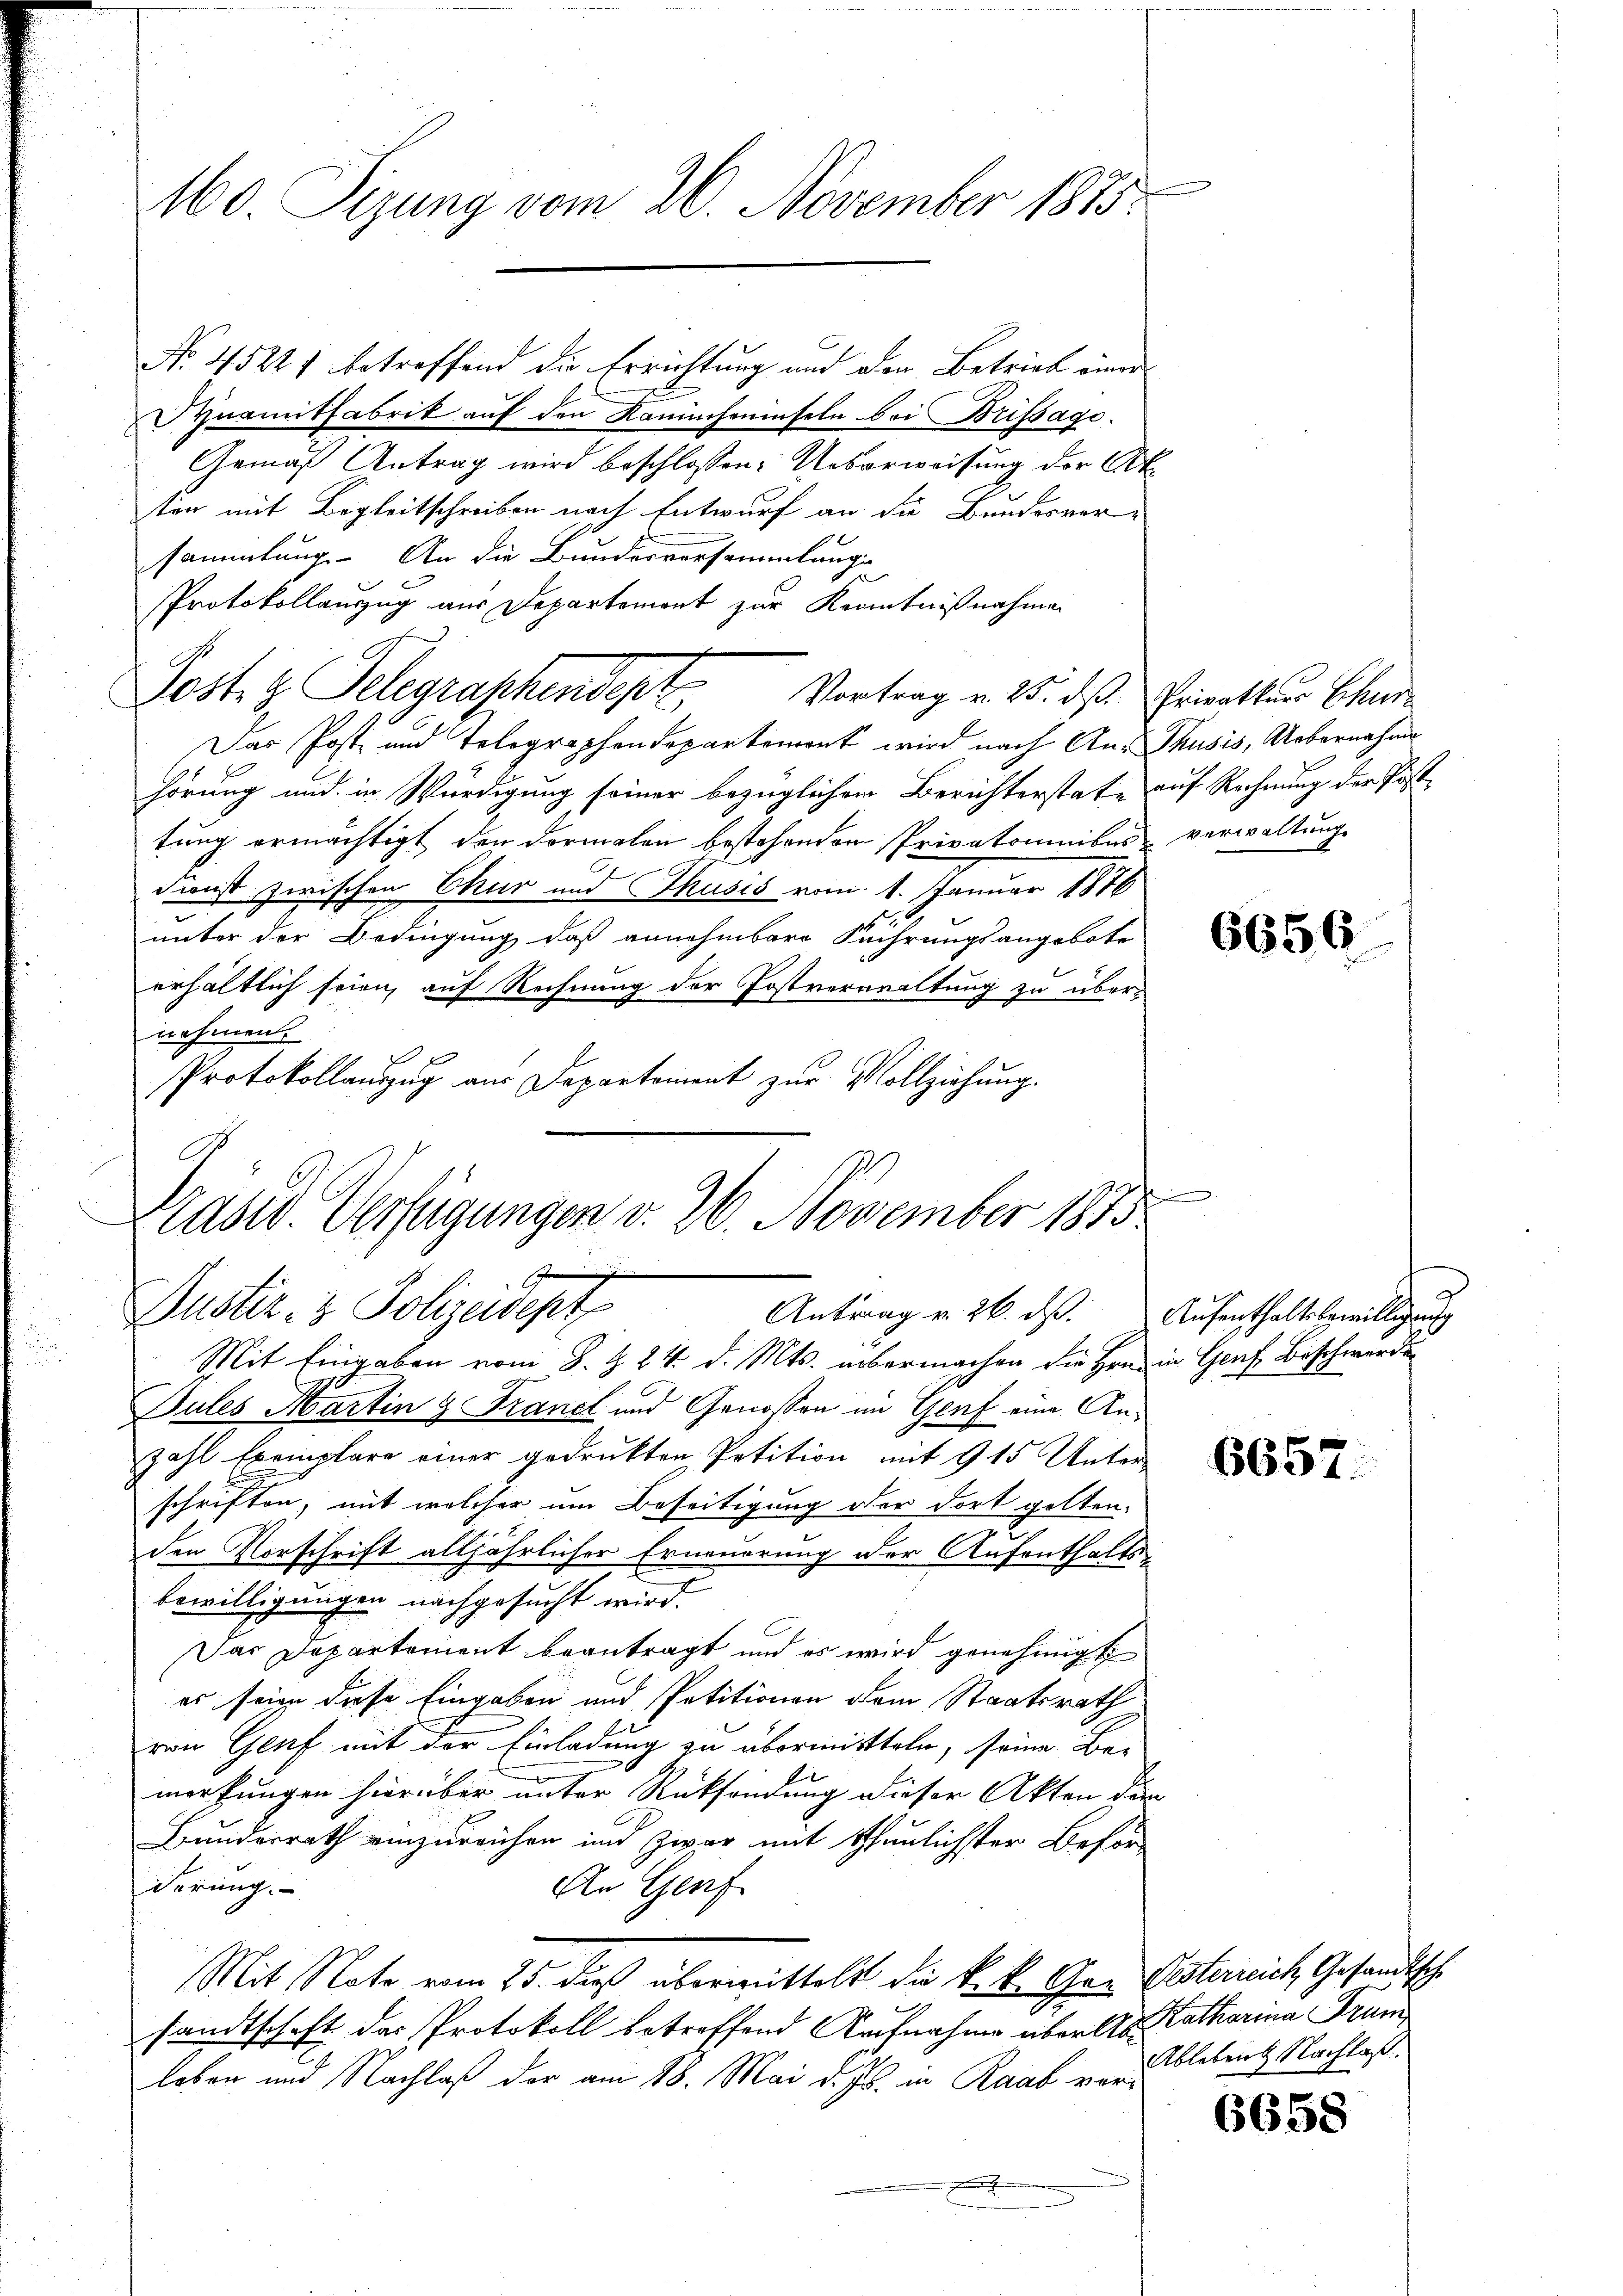
160. Sizung vom 26. November 1875.

No. 45221 betreffend die Errichtung und den Betrieb einer
Synamitfabrik auf den Kanincheninseln bei Brissage.
Gemäß Antrag wird beschlossen: Ueberweisung der Alt
ten mit Begleitschreiben nach Entwurf an die Bundesver-
sammlung. An die Bundesvorsammlungs
ze
Protokollauzug aus Departement zur Kenntnißnahme
Das Post und Telegraphendepartement wird nach An-Thusis, Uebernahme
hörung und in Würdigung seiner bezüglichen Berichterstate auf Rechnung der Posttung ermächtigt den Formalen bestehenden Privatominibus verwaltung
Dienst zwischen Chur und Thusis vom 1. Januar 1876
unter der Bedingung, daß annehmbare Führungsangebote
erhältlich seien, auf Rechnung der Postverwaltung zu übernehmen.
E
Protokollauszug aus Departement zur Vollziehung.
Sules Martin & Franct und Genossen im Genf eine Anzahl Exemplare einer gedrukten Petition mit 9 15 Unter-
schriften, mit welcher um Beseitigung der dort golten-
den Vorschrift alljährlicher Erneuerung der Aufenthalts-
bewilligungen nachgesucht wird.
Das Departement beantragt und es wird genehmigt
es seien diese Eingaben und Petitionen dem Staatsrath
von Genf mit der Einladung zu übermitteln, seine Bei
merkungen hierüber unter Rücksendung dieser Akten den
Bunderrath einzureichen und zwar mit thunlichster Beför-
derung.
An Genf
Mit Note vom 25. dieß übermittelt die k. k. Chor Pisterrich Gesandtsche
sandtschaft das Protokoll betreffend Aufnahme über des Katharina Trum
leben und Nachlaß der am 18. Mai d. Js. in Raab vor¬

C
Zast. Verfügungen v. 26. November 1875
Justiz- & Polizeidept
Antrag v. 26. ds. Aufenthaltsbewilligung
Mit Eingaben vom 8. Z. 24. d. Mts. übermachen die Hrn. in Genf Beschwerde

Post z. Telegraphendept Vortrag v. 25. ds Privatter Chri

6656

6657.

Ablebeng Nachlaß.

6658